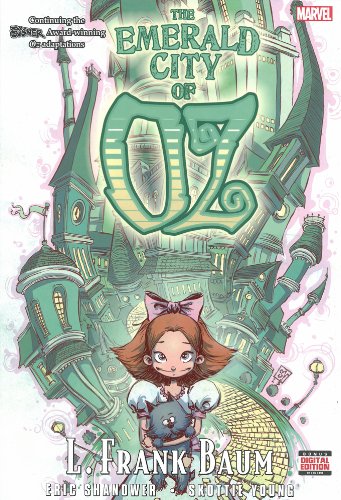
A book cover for Oz: The Emerald City of Oz; L. Frank Baum; Comics & Graphic Novels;